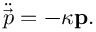
\ddot { \vec { p } } = - \kappa \mathbf { p } .